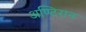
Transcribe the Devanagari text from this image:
अण्टिरान